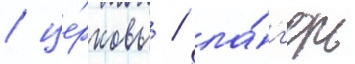
/ це́рковь / ла́г'ерь